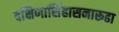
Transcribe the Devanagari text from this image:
दक्षिणासिंहासनारूढा